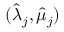
( \hat { \lambda } _ { j } , \hat { \mu } _ { j } )